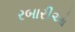
રબારીઓ